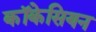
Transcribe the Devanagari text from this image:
कॉकेसियन